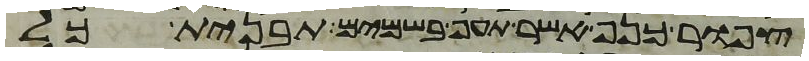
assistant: צפור כנף אשר תעף בשמים תבנית כל